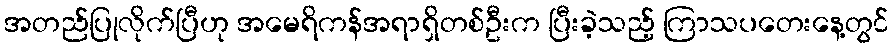
အတည်ပြုလိုက်ပြီဟု အမေရိကန်အရာရှိတစ်ဦးက ပြီးခဲ့သည့် ကြာသပတေးနေ့တွင်